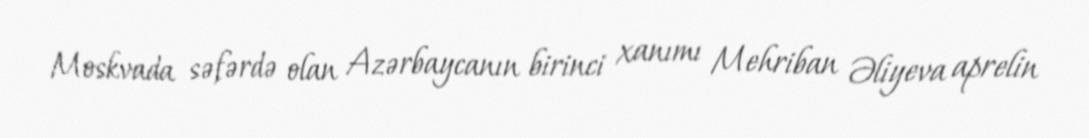
Moskvada səfərdə olan Azərbaycanın birinci xanımı Mehriban Əliyeva aprelin